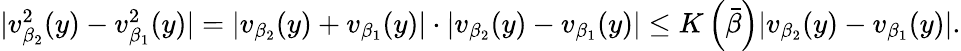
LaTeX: \begin{array}{r}{\vert v_{\beta_{2}}^{2}(y)-v_{\beta_{1}}^{2}(y)\vert=\vert v_{\beta_{2}}(y)+v_{\beta_{1}}(y)\vert\cdot\vert v_{\beta_{2}}(y)-v_{\beta_{1}}(y)\vert\le K\left(\bar{\beta}\right)\vert v_{\beta_{2}}(y)-v_{\beta_{1}}(y)\vert.}\end{array}